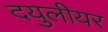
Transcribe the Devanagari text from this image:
दयुलीयर